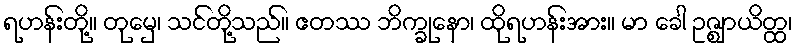
ရဟန်းတို့။ တုမှေ၊ သင်တို့သည်။ ဧတဿ ဘိက္ခုနော၊ ထိုရဟန်းအား။ မာ ခေါ ဥဇ္ဈာယိတ္ထ၊